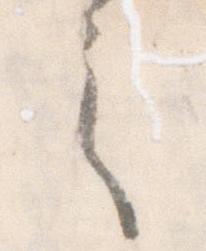
之